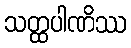
သတ္ထပါဏိဿ